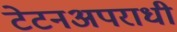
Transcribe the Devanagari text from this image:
टेटनअपराधी